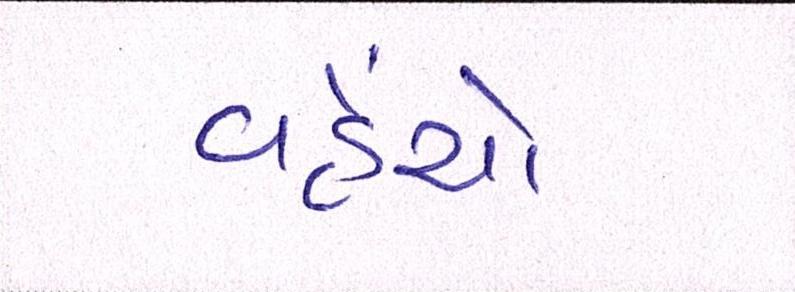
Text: વહેંચો